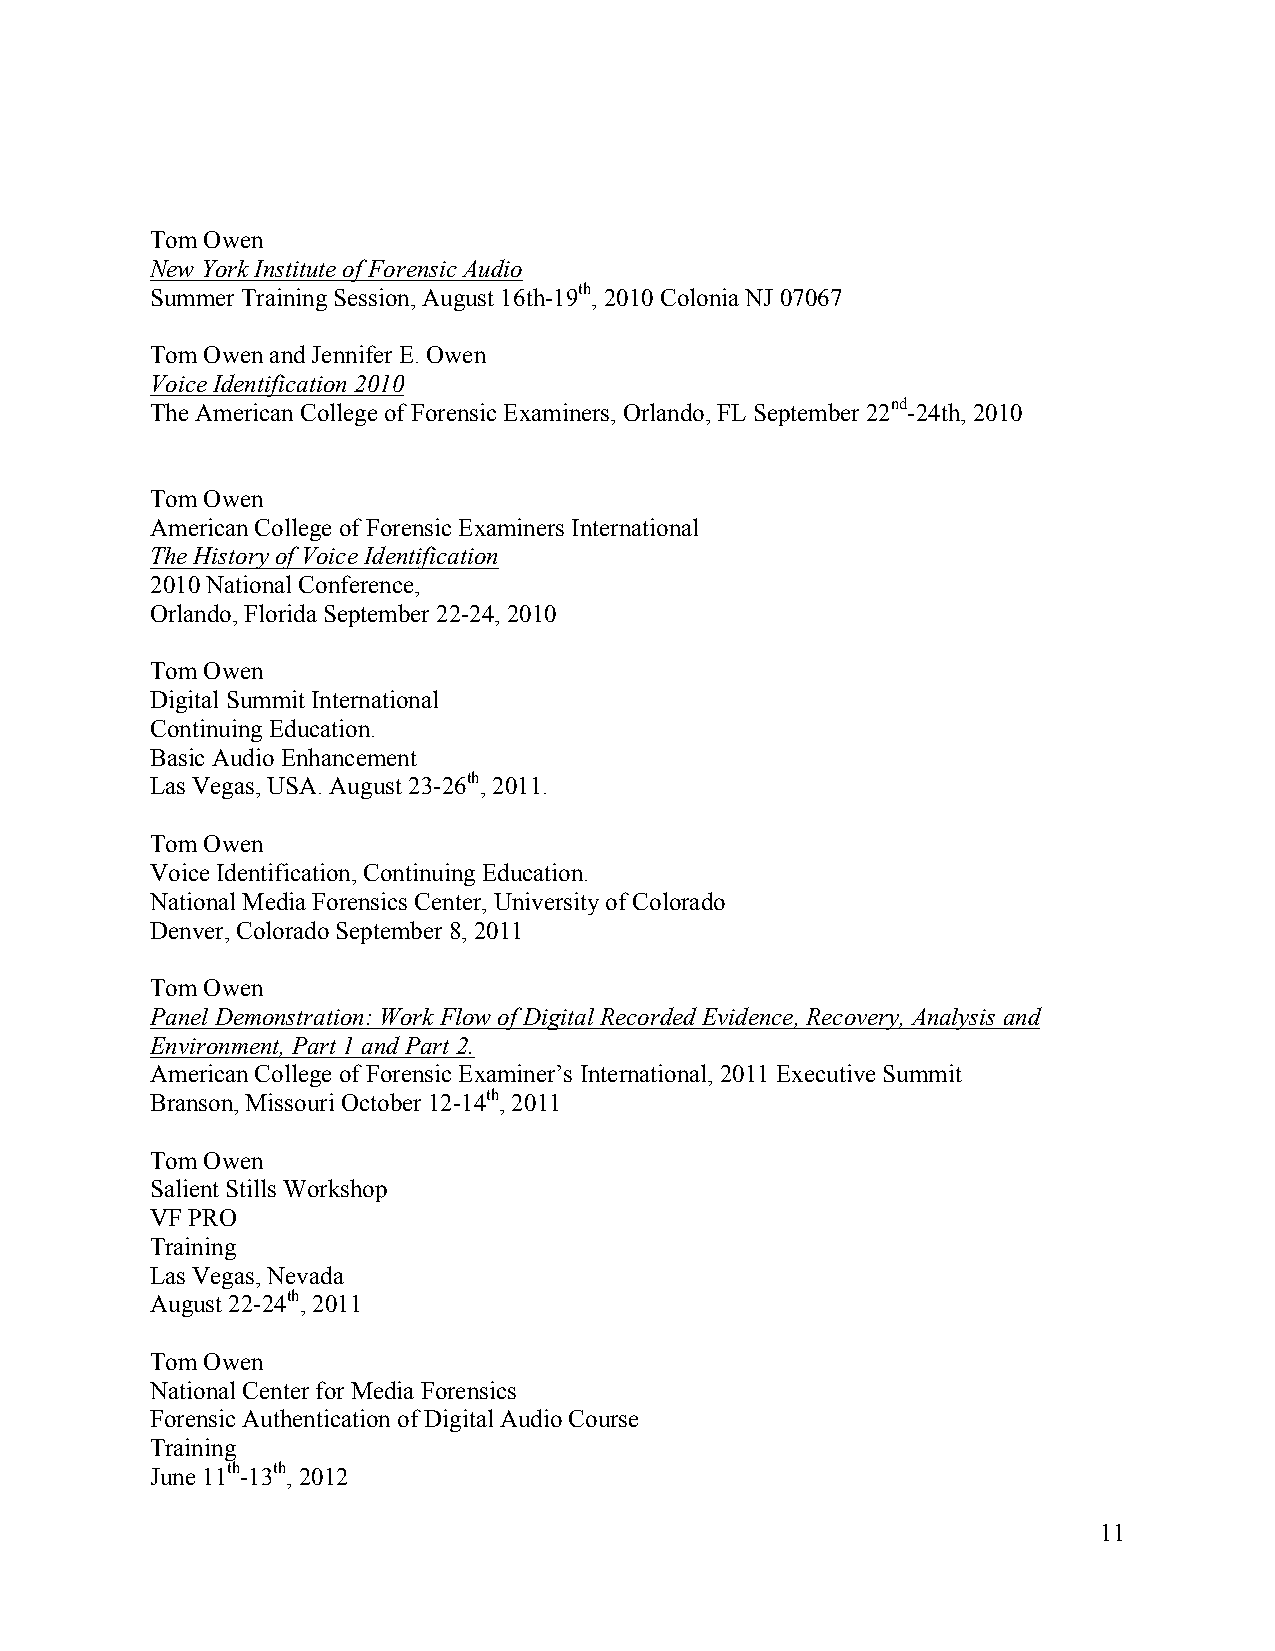
Tom Owen
 New York Institute of Forensic Audio
 Summer Training Session, August 16th-19th, 2010 Colonia NJ 07067
 Tom Owen and Jennifer E. Owen
 Voice Identification 2010
 The American College of Forensic Examiners, Orlando, FL September 22nd-24th, 2010
 Tom Owen
 American College of Forensic Examiners International
 The History of Voice Identification
 2010 National Conference,
 Orlando, Florida September 22-24, 2010
 Tom Owen
 Digital Summit International
 Continuing Education.
 Basic Audio Enhancement
 Las Vegas, USA. August 23-26th, 2011.
 Tom Owen
 Voice Identification, Continuing Education.
 National Media Forensics Center, University of Colorado
 Denver, Colorado September 8, 2011
 Tom Owen
 Panel Demonstration: Work Flow of Digital Recorded Evidence, Recovery, Analysis and
 Environment, Part 1 and Part 2.
 American College of Forensic Examiner’s International, 2011 Executive Summit
 Branson, Missouri October 12-14th, 2011
 Tom Owen
 Salient Stills Workshop
 VF PRO
 Training
 Las Vegas, Nevada
 August 22-24th, 2011
 Tom Owen
 National Center for Media Forensics
 Forensic Authentication of Digital Audio Course
 Training
 June 11th-13th, 2012
 11